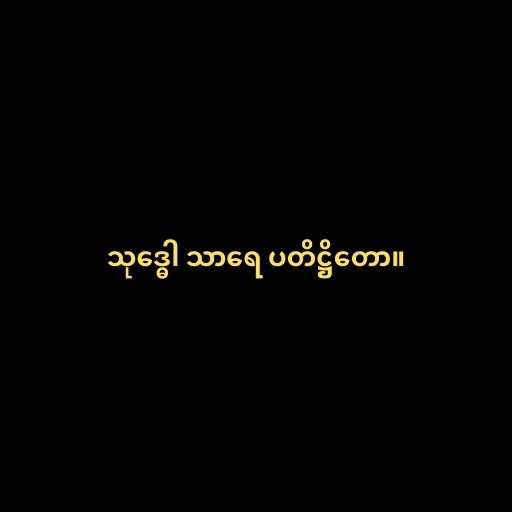
သုဒ္ဓေါ သာရေ ပတိဋ္ဌိတော။